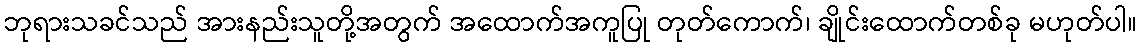
ဘုရားသခင်သည် အားနည်းသူတို့အတွက် အထောက်အကူပြု တုတ်ကောက်၊ ချိုင်းထောက်တစ်ခု မဟုတ်ပါ။